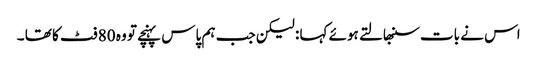
اس نے بات سنبھالتے ہوئے کہا : لیکن جب ہم پاس پہنچے تو وہ 80 فٹ کا تھا ۔